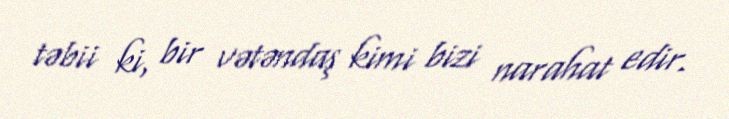
təbii ki, bir vətəndaş kimi bizi narahat edir.